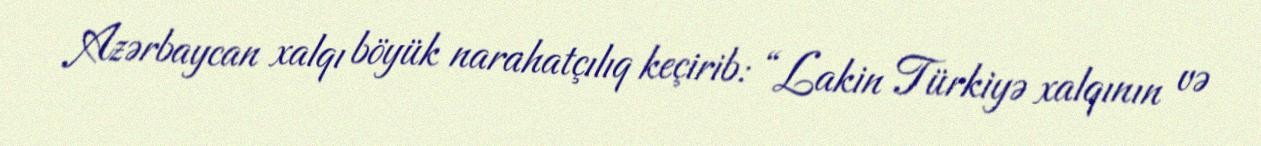
Azərbaycan xalqı böyük narahatçılıq keçirib: “Lakin Türkiyə xalqının və